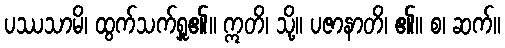
ပဿသာမိ၊ ထွက်သက်ရှူ၏။ ဣတိ၊ သို့။ ပဇာနာတိ၊ ၏။ စ၊ ဆက်။